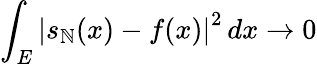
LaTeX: \int_{E}\left|s_{\mathbb{N}}(x)-f(x)\right|^{2}\, dx\to0